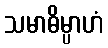
သမာဓိမ္ပာဟံ